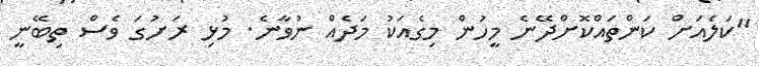
"ކަލެއަށް ކަންތައްކޮށްދޭނެ މީހުން މިގެއަކު މަދެއް ނުވާނެ. މުޅި ރަށުގަ ވެސް ތިބޭނީ